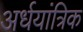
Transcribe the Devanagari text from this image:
अर्धयांत्रिक